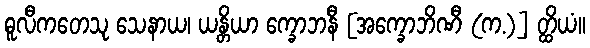
ဓူလီကတေသု သေနာယ၊ ယန္တိယာ က္ခောဘနီ [အက္ခောဘိဏီ (က.)] တ္ထိယံ။